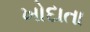
ખોદાતા